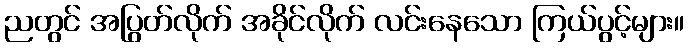
ညတွင် အပြွတ်လိုက် အခိုင်လိုက် လင်းနေသော ကြယ်ပွင့်များ။